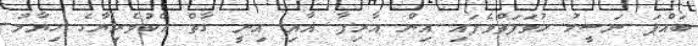
ބައްޕަ ނަސީމު ހުވަފަތްވެފައި އިން އާރިފާ އާއި އިނީ ގާތް އެކުވެރިޔާގެ ޙިޔާލު